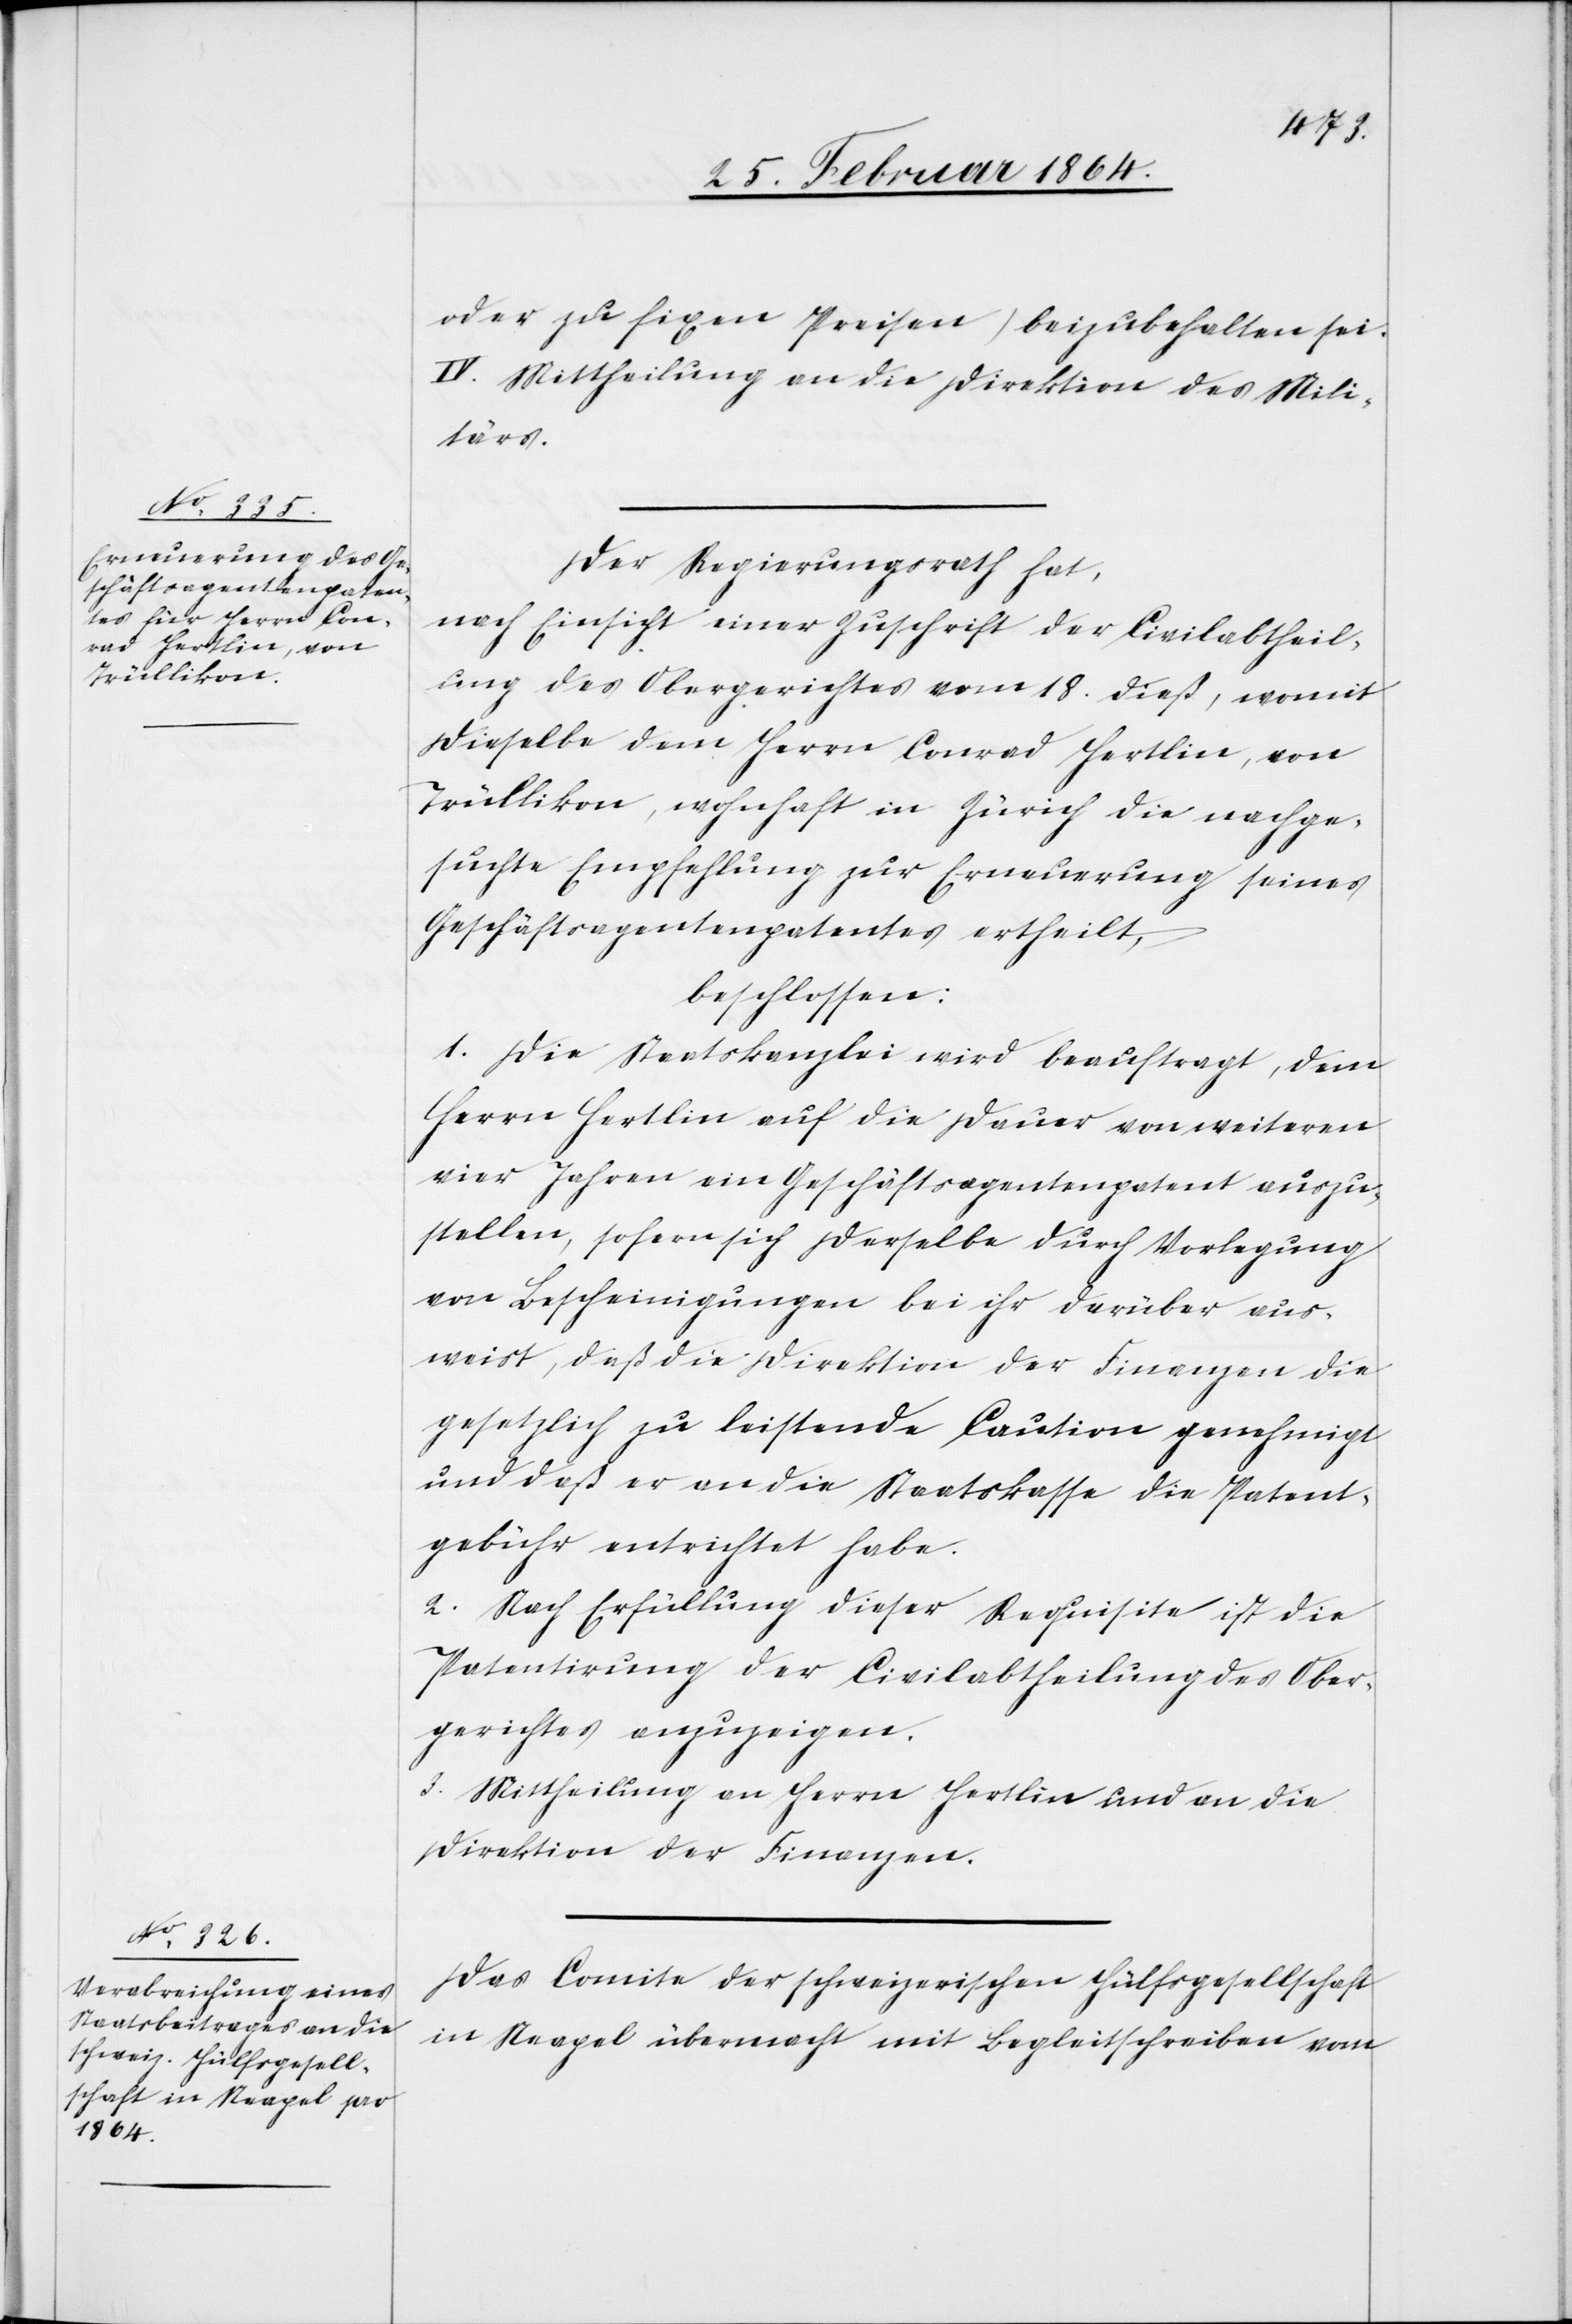
oder zu fixen Preisen) beizubehalten sei.
IV. Mittheilung an die Direktion des Mili¬
tärs.
Der Regierungsrath hat,
nach Einsicht einer Zuschrift der Civilabtheil¬
ung des Obergerichtes vom 18. dieß, womit
dieselbe dem Herrn Conrad Hertlin, von
Trüllikon, wohnhaft in Zürich die nachge¬
suchte Empfehlung zur Erneuerung seines
Geschäftsagentenpatentes ertheilt,
beschlossen:
1. Die Staatskanzlei wird beauftragt, dem
Herrn Hertlin auf die Dauer von weiteren
vier Jahren ein Geschäftsagentenpatent auszu¬
stellen, sofern sich derselbe durch Vorlegung
von Bescheinigungen bei ihr darüber aus¬
weist, daß die Direktion der Finanzen die
gesetzlich zu leistende Caution genehmigt
und daß er an die Staatskasse die Patent¬
gebühr entrichtet habe.
2. Nach Erfüllung dieser Requisite ist die
Patentirung der Civilabtheilung des Ober¬
gerichtes anzuzeigen.
3. Mittheilung an Herrn Hertlin und an die
Direktion der Finanzen.
Das Comite der schweizerischen Hülfsgesellschaft
in Neapel übermacht mit Begleitschreiben vom